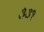
૩૩૧